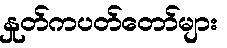
နှုတ်ကပတ်တော်များ